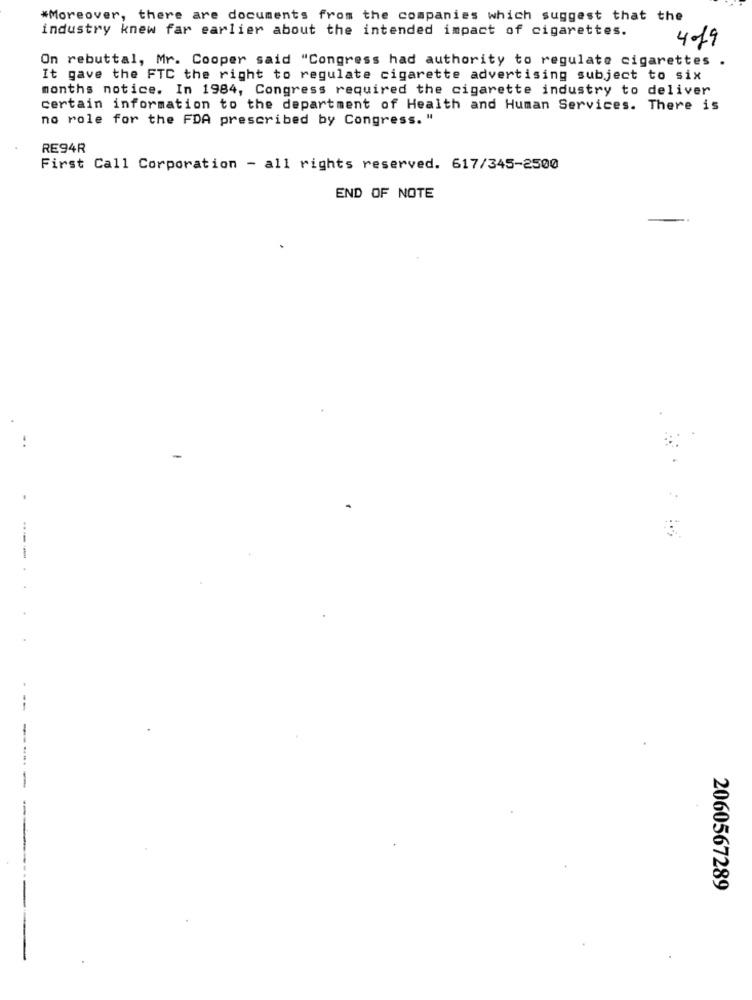
#Moreover, there are documents from the companies which suggest that the
industry knew far earlier about the intended impact of cigarettes.
4.19
On rebuttal, Mr. Cooper said "Congress had authority to regulate cigarettes
It gave the FTC the right to regulate cigarette advertising subject to six
months notice. In 1984, Congress required the cigarette industry to deliver
certain information to the department of Health and Human Services. There is
no role for the FDA prescribed by Congress. "
RE94R
First Call Corporation - all rights reserved. 617/345-2500
END OF NOTE
-
--
-
-
--
2060567289